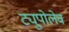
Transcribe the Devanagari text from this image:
ट्युपोलेव